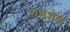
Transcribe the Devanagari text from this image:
रामशेष